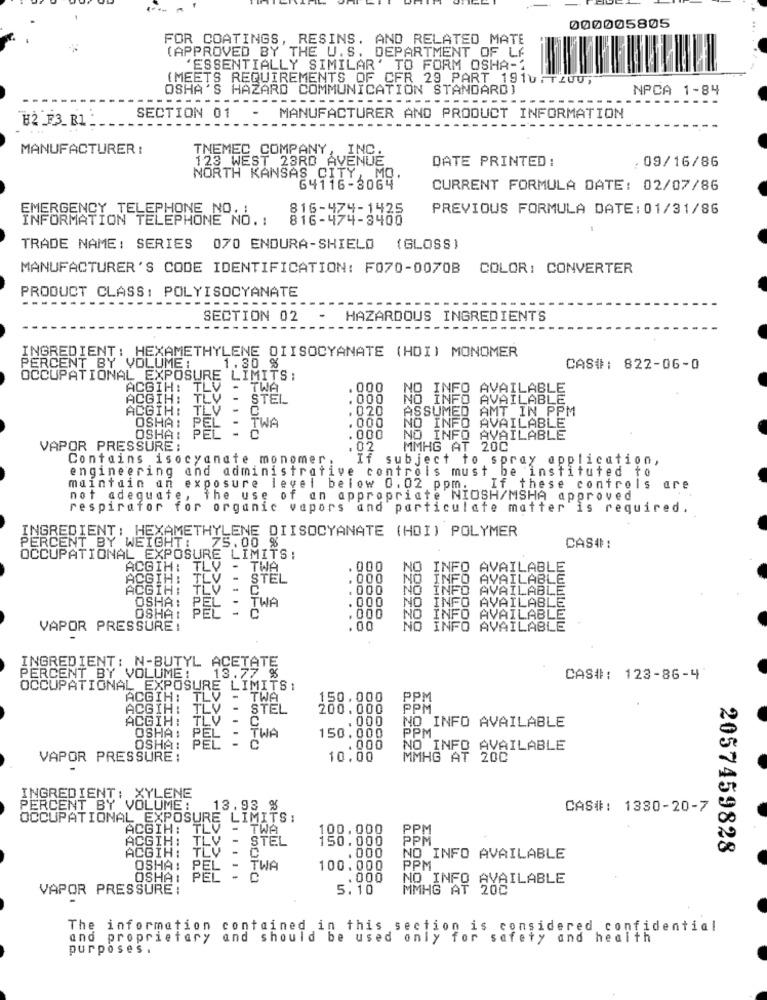
000005805
FOR COATINGS, RESINS. AND RELATED MATE
(APPROVED BY THE U.S. DEPARTMENT OF LA
'ESSENTIALLY SIMILAR' TO FORM OSHA-"
(MEETS REQUIREMENTS OF CFR 29 PART 1910FT200;
OSHA'S HAZARD COMMUNICATION STANDARD]
NPCA 1-84
H2_F3_B1 _
SECTION 01
MANUFACTURER AND PRODUCT INFORMATION
MANUFACTURER :
TNEMEC COMPANY,
INC.
DATE PRINTED :
, 09/16/86
123 WEST 23RD AVENUE
NORTH KANSAS CITY, MO.
64116-3064
CURRENT FORMULA DATE: 02/07/86
815-424-1425
PREVIOUS FORMULA DATE: 01/31/86
INFORMATION TELERNENNOM!
816-474-8400
TRADE NAME: SERIES 070 ENDURA-SHIELD (GLOSS)
MANUFACTURER'S CODE IDENTIFICATION: F070-0070B COLOR: CONVERTER
PRODUCT CLASS: POLYISOCYANATE
-------
----------..
SECTION 02
-
HAZARDOUS INGREDIENTS
INGREDIENT: HEXAMETHYLENE DIISOCYANATE (HOI) MONOMER
PERCENT BY VOLUME :
1.30 %
CAS#: 822-06-0
OCCUPATIONAL EXPOSURE LIMITS ;
ACGIH:
TLV
- TWA
. 000
NO INFO AVAILABLE
ACGIH: TLV - STEL
. 000
NO INFO AVAILABLE
ACGIH: TLV - C.
.020
ASSUMED AMT IN PPM
PE
PEL -
. 000
OSHA:
TWA
NO INFO AVAILABLE
OSHAI
PEL - C
. 000
NO INFO AVAILABLE
VAPOR PRESSURE:
. 02
MMHG AT 20C
Contains isocyanate monomer .
If subject to spray application,
engineering and administrative controls must be instituted to
maintain un exposure level below 0.02 ppm. If these controls are
not adequate, the use of an appropriate NIOSH/MSHA approved
respirafor for organic vapors and particulate matter is required.
INGREDIENT: HEXAMETHYLENE DIISOCYANATE (HOI) POLYMER
CAS#:
PERCENT BY WEIGHT !.
75.00 %
OCCUPATIONAL EXPOSURE LIMITS:
ACGIH :
TL'V
- TWA
. 000
INFO AVAILABLE
ACGIHIT
TLV - STEL
NO INFO AVAILABLE
ACGIH: TLV -
C
00
INFO AVAILABLE
OSHA: PEL - TWA
NO INFO AVAILABLE
OSHA: P
PEL - C
. 000
. .
10000
NO INFO AVAILABLE
VAPOR PRESSURE:
.00
NO INFO AVAILABLE
INGREDIENT: N-BUTYL ACETATE
PERCENT BY VOLUME: 13.77 %
CAS#: 123-86-4
OCCUPATIONAL_EXPOSURE LIMITS:
ACGIH: TLV - TWA
150.000
PPM
ACGIH: TLV - STEL
200.000
PPM
ACGIH:
TLV
C
. 000
NO INFO AVAILABLE
PPM
OSHA: PEL - TWA
150.000
OSHA: PEL
C
. 000
NO INFO AVAILABLE
VAPOR PRESSURE:
10.00
MMHG AT 200
INGREDIENT: XYLENE
PERCENT BY VOLUME:
13.93 %
CAS#: 1330-20-7
OCCUPATIONAL EXPOSURE LIMITS:
ACGIH: TLV :
- TWA
100.000
PPM
ACGIH: TLV -
STEL
150.000
PPM
. 000
2057459828
ACGIH: TLV - C
NO INFO AVAILABLE
OSHA: PEL
- TWA
100.000
PPM
OSHA: PEL - C
.000
NO INFO AVAILABLE
VAPOR PRESSURE :
5.10
MMHG AT 200
The information contained in this section is considered confidential
and proprietary and should be used only for safety and health
purposes .